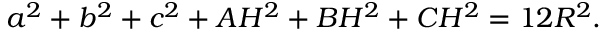
a ^ { 2 } + b ^ { 2 } + c ^ { 2 } + A H ^ { 2 } + B H ^ { 2 } + C H ^ { 2 } = 1 2 R ^ { 2 } .